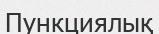
Пункциялық